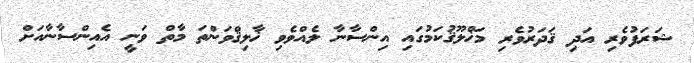
ޝަރަފުވެރި އަދި ޤަދަރުވެރި މަޚްލޫޤުކަމުގައި އިންސާނާ ލެއްވެވި ޚާލިޤްވަންތަ މާތް ވަނީ އެއިންސާނާއަށް